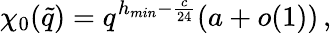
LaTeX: \chi_{0}(\tilde{q})=q^{h_{min}-\frac{c}{24}}(a+o(1))\, ,